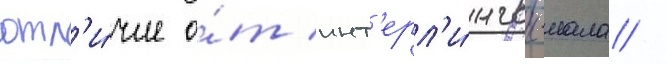
отл'и́чие о́т инт'ерл'и́нгвы-иала /